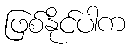
ဖြစ်နိုင်ပါက